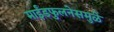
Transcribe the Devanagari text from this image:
माईंडफुलनेसमुळे